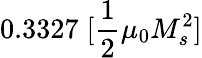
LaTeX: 0.3327\; [\frac{1}{2}\mu_{0}M_{s}^{2}]